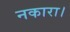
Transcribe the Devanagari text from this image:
नकारा।